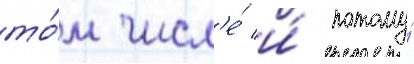
то́м числ'е́ и́ потому́